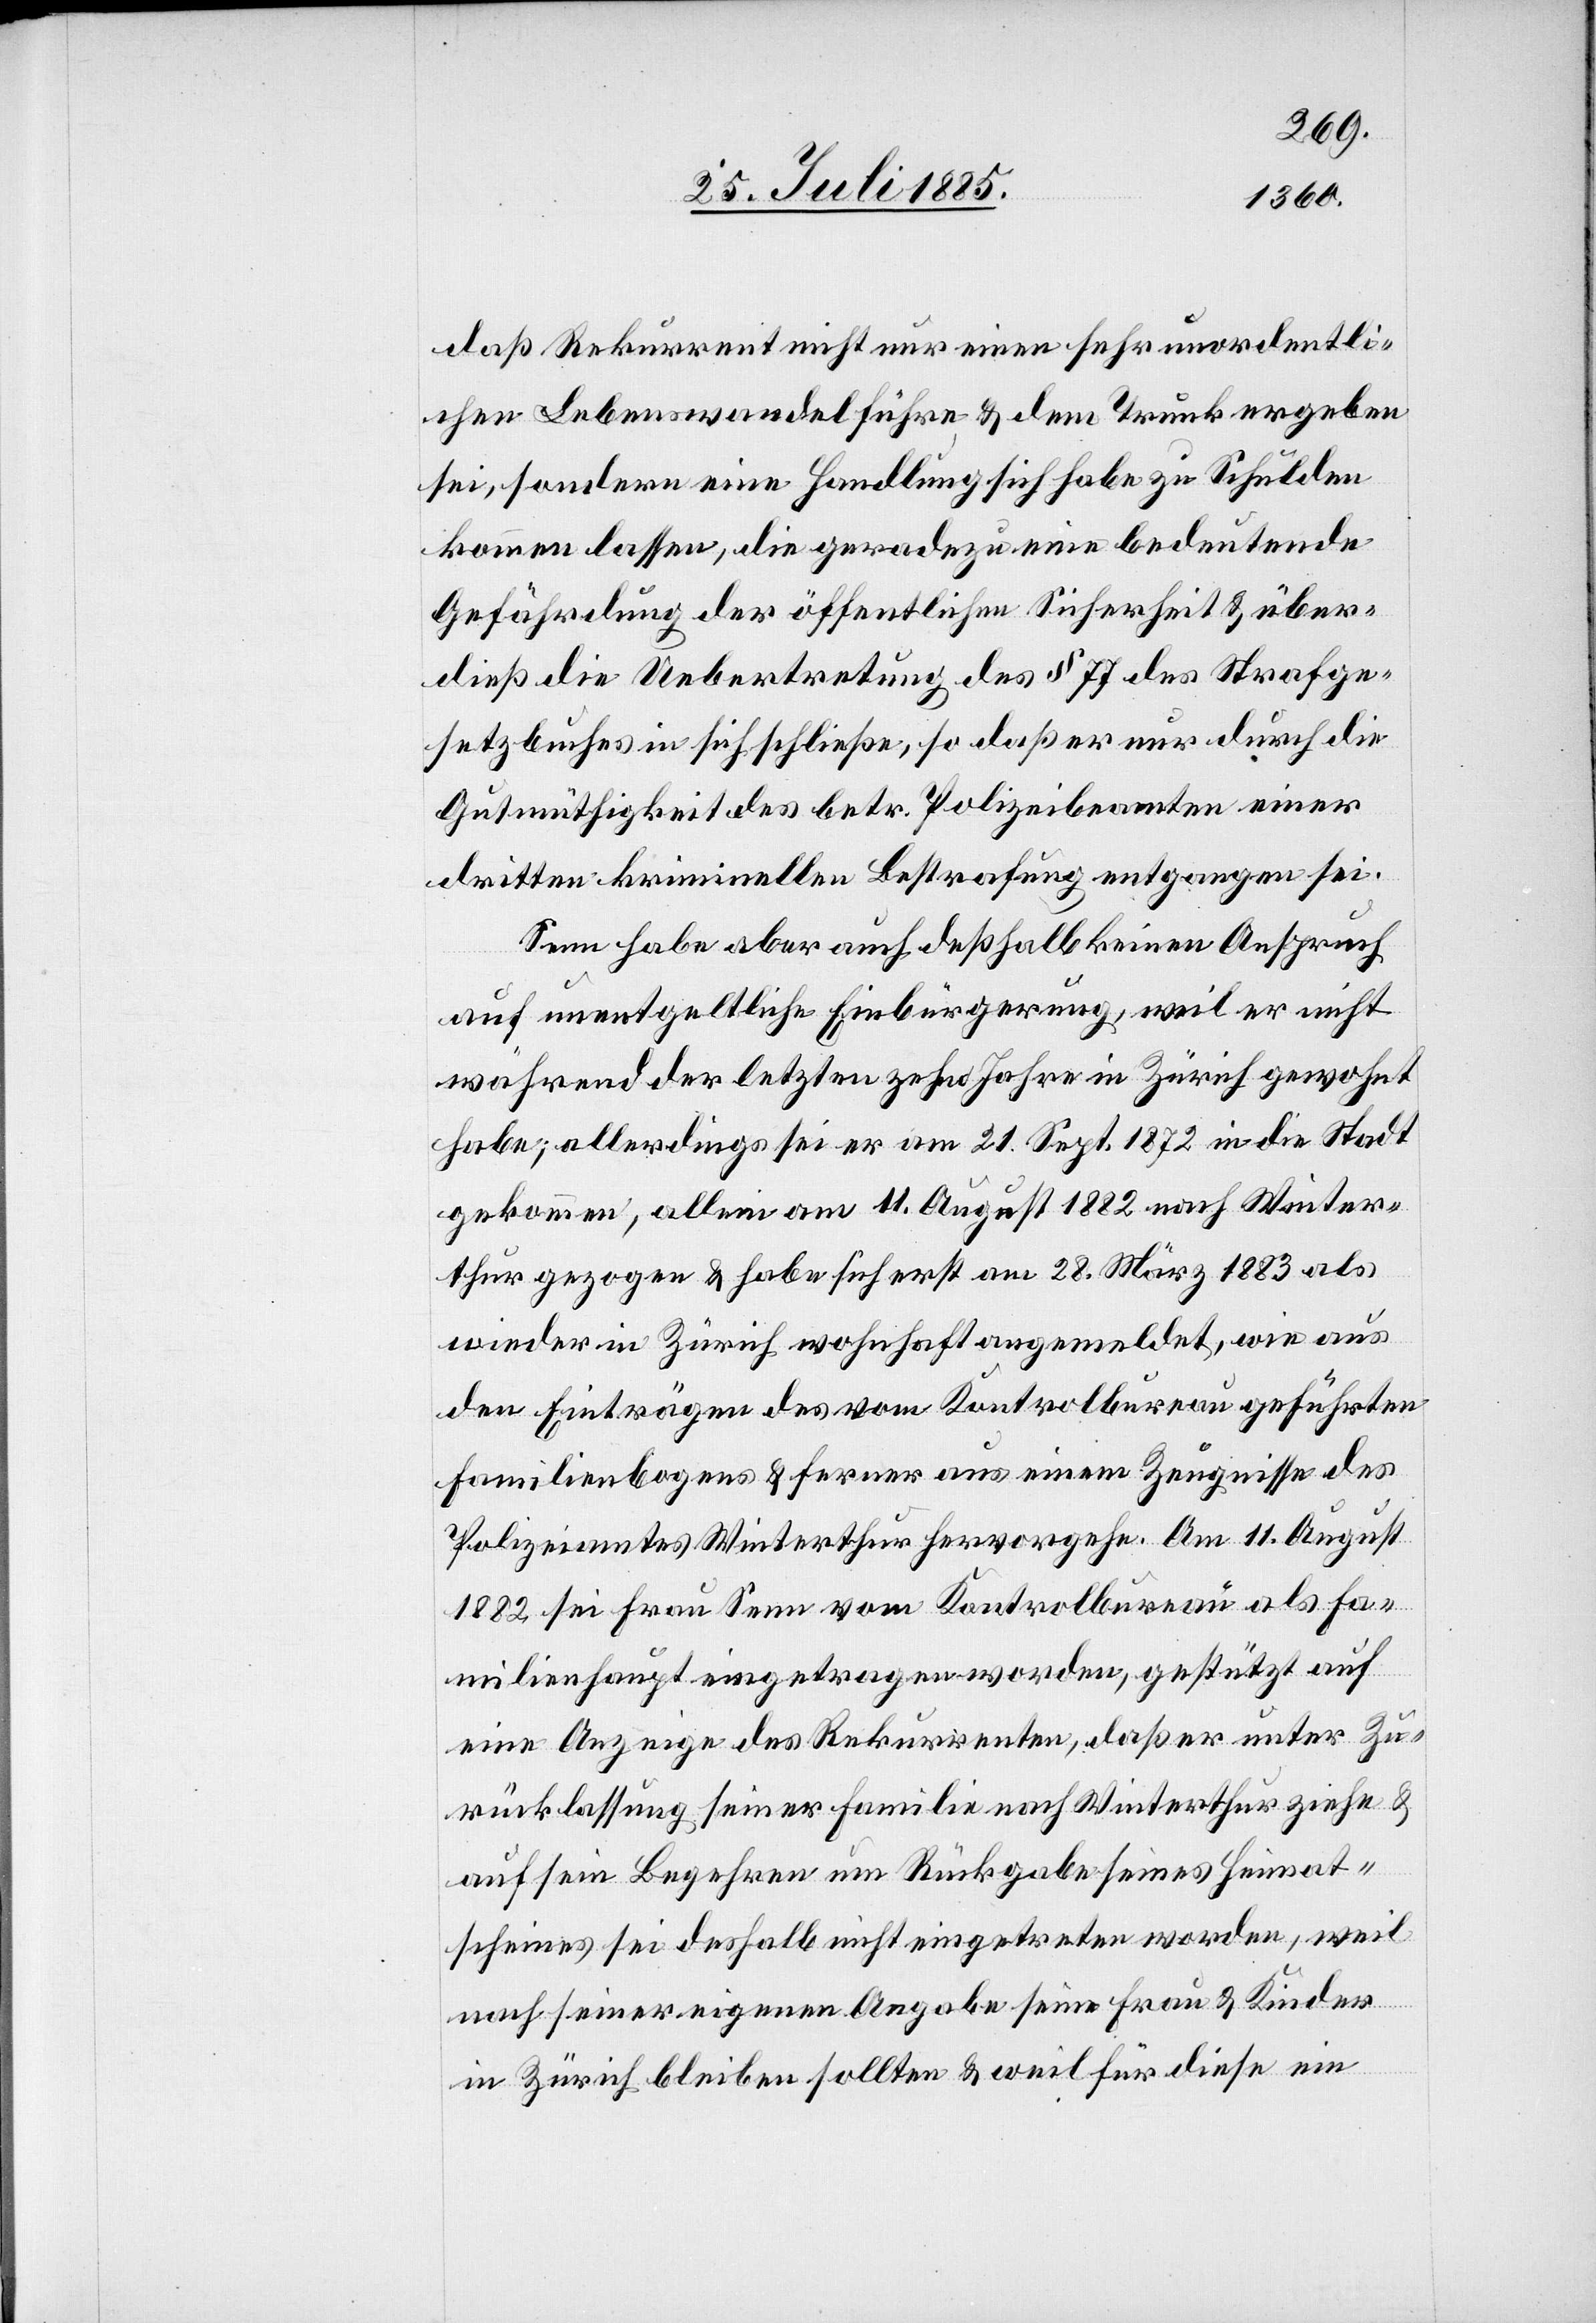
daß Rekurrent nicht nur einen sehr unordentli¬
chen Lebenswandel führe & dem Trunk ergeben
sei, sondern eine Handlung sich habe zu Schulden
kommen lassen, die geradezu eine bedeutende
Gefährdung der öffentlichen Sicherheit & über¬
dieß die Uebertretung des § 77 des Strafge¬
setzbuches in sich schließe, so daß er nur durch die
Gutmütigkeit des betr. Polizeibeamten einer
dritten kriminellen Bestrafung entgangen sei.
Senn habe aber auch deßhalb keinen Anspruch
auf unentgeltliche Einbürgerung, weil er nicht
während der letzten zehn Jahre in Zürich gewohnt
habe; allerdings sei er am 21. Sept. 1872 nach Winte¬
rthur gezogen & habe sich erst am 28. März 1883 als
wieder in Zürich wohnhaft angemeldet, wie aus
den Einträgen des vom Kontrolbureau geführten
Familienbogens & ferner aus einem Zeugnisse des
Polizeiamtes Winterthur hervorgehe. Am 11. August
1882 sei Frau Senn vom Kontrolbureau als Fa¬
milienhaupt eingetragen worden, gestützt auf
eine Anzeige des Rekurrenten, daß er unter Zu¬
rücklassung seiner Familie nach Winterthur ziehe &
auf sein Begehren um Rückgabe seine Heimat¬
scheines sei deshalb nicht eingetreten worden, weil
nach seiner eigenen Angabe seine Frau & Kinder
in Zürich bleiben sollten & weil für diese ein